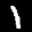
Label: 1